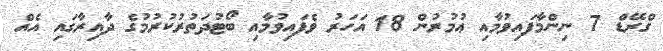
ގްރޭޑް 7 ނިންމާފައިވުމާއި ޢުމުރުން 18 އަހަރު ވެފައިވުމާއި ބޯޓުދަތުރުކުރުމުގެ ދާއިރާގައި އެއް